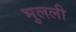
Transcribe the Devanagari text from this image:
भुलली